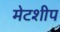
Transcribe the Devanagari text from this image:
मेटशीप